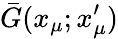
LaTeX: \bar{G}(x_{\mu};x_{\mu}^{\prime})